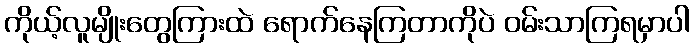
ကိုယ့်လူမျိုးတွေကြားထဲ ရောက်နေကြတာကိုပဲ ဝမ်းသာကြရမှာပါ